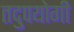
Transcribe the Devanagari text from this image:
तदुपयोगी